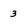
Character: 3